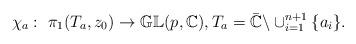
LaTeX: \begin{gather*}\chi_a: \ \pi_1 (T_a, z_0) \rightarrow \mathbb{GL}(p, \mathbb{C}),T_a=\bar{\mathbb{C}}\backslash \cup_{i=1}^{n+1} \{a_i\}.\end{gather*}